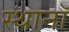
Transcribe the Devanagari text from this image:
स्थानॉ